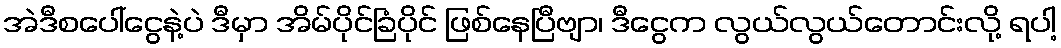
အဲဒီစပေါ်ငွေနဲ့ပဲ ဒီမှာ အိမ်ပိုင်ခြံပိုင် ဖြစ်နေပြီဗျာ၊ ဒီငွေက လွယ်လွယ်တောင်းလို့ ရပါ့